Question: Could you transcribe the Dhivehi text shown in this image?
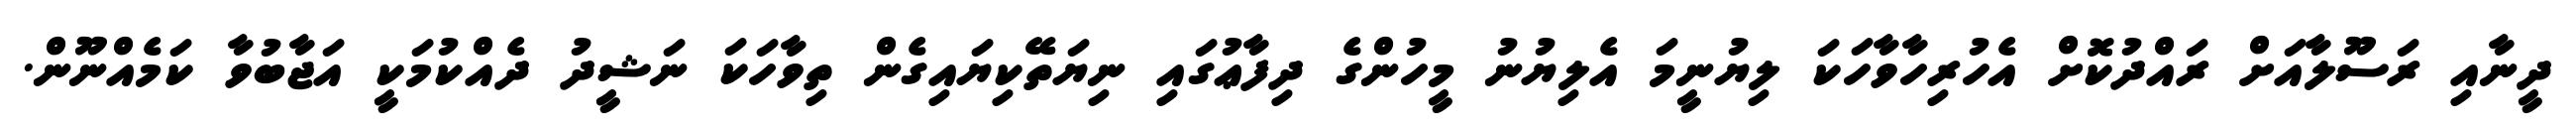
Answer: ދީނާއި ރަސޫލާއަށް ރައްދުކޮށް އެހުރިހާވާހަކަ ލިޔުނީމަ އެލިޔުނު މީހުންގެ ދިފާޢުގައި ނިޔަތޭކިޔައިގެން ތިވާހަކަ ނަޝީދު ދެއްކުމަކީ އަޖާބުވާ ކަމެއްނޫން.